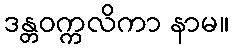
ဒန္တဝက္ကလိကာ နာမ။